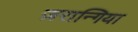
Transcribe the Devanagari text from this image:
ज़रान्गिया